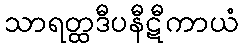
သာရတ္ထဒီပနီဋီကာယံ